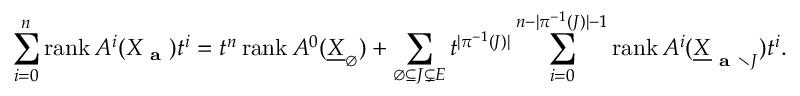
\sum _ { i = 0 } ^ { n } \operatorname { r a n k } A ^ { i } ( X _ { \textbf { a } } ) t ^ { i } = t ^ { n } \operatorname { r a n k } A ^ { 0 } ( \underline { { X } } _ { \varnothing } ) + \sum _ { \varnothing \subseteq J \subsetneq E } t ^ { | \pi ^ { - 1 } ( J ) | } \sum _ { i = 0 } ^ { n - | \pi ^ { - 1 } ( J ) | - 1 } \operatorname { r a n k } A ^ { i } ( \underline { X } _ { \textbf { a } \setminus J } ) t ^ { i } .